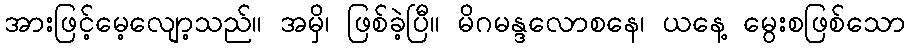
အားဖြင့်မေ့လျော့သည်။ အမှိ၊ ဖြစ်ခဲ့ပြီ။ မိဂမန္ဒလောစနေ၊ ယနေ့ မွေးစဖြစ်သော